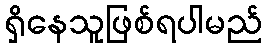
ရှိနေသူဖြစ်ရပါမည်